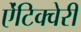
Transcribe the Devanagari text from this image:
ऐंटिक्वेरी